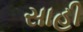
સાહી